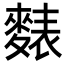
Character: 𪍊